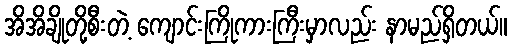
အိအိချိုတို့စီးတဲ့ ကျောင်းကြိုကားကြီးမှာလည်း နာမည်ရှိတယ်။